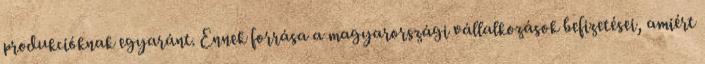
produkcióknak egyaránt. Ennek forrása a magyarországi vállalkozások befizetései, amiért